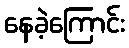
နေခဲ့ကြောင်း